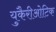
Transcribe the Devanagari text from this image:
युकैरीओटिक